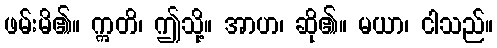
ဖမ်းမိ၏။ ဣတိ၊ ဤသို့။ အာဟ၊ ဆို၏။ မယာ၊ ငါသည်။